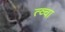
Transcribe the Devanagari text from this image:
त्व्चा